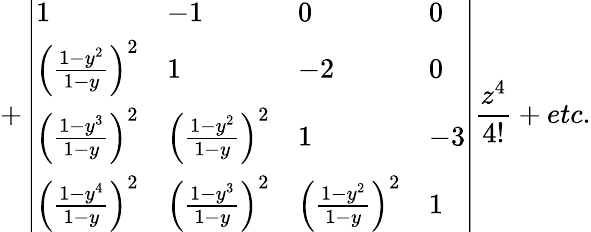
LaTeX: +\left|\begin{array}{llll}{1}&{-1}&{0}&{0}\\ {\left(\frac{1-y^{2}}{1-y}\right)^{2}}&{1}&{-2}&{0}\\ {\left(\frac{1-y^{3}}{1-y}\right)^{2}}&{\left(\frac{1-y^{2}}{1-y}\right)^{2}}&{1}&{-3}\\ {\left(\frac{1-y^{4}}{1-y}\right)^{2}}&{\left(\frac{1-y^{3}}{1-y}\right)^{2}}&{\left(\frac{1-y^{2}}{1-y}\right)^{2}}&{1}\end{array}\right|\frac{z^{4}}{4!}+etc.